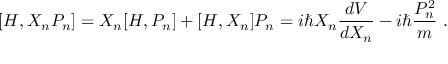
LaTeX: [ H , X _ { n } P _ { n } ] = X _ { n } [ H , P _ { n } ] + [ H , X _ { n } ] P _ { n } = i \hbar X _ { n } { \frac { d V } { d X _ { n } } } - i \hbar { \frac { P _ { n } ^ { 2 } } { m } } ~ .